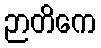
ဉာတိကေ